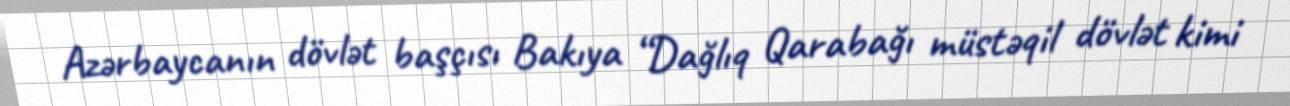
Azərbaycanın dövlət başçısı Bakıya “Dağlıq Qarabağı müstəqil dövlət kimi